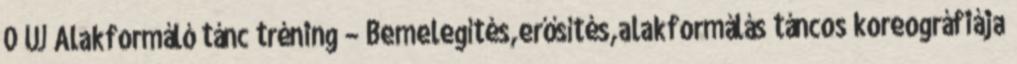
0 ÚJ Alakformáló tánc tréning – Bemelegítés,erősítés,alakformálás táncos koreográfiája